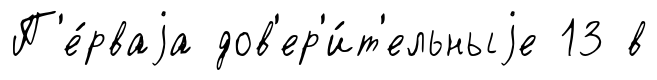
П'е́рваjа дов'ер'и́т'ельныjе 13 в